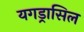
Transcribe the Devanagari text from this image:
यगड्रासिल